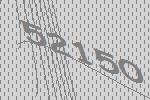
52150